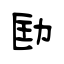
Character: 劻